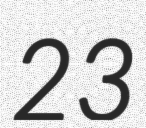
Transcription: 23